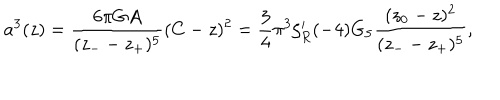
a ^ { 3 } ( z ) = { \frac { 6 \pi G A } { ( z _ { - } - z _ { + } ) ^ { 5 } } } ( C - z ) ^ { 2 } = { { \frac { 3 } { 4 } } \pi ^ { 3 } \zeta _ { R } ^ { \prime } ( - 4 ) G _ { 5 } } { \frac { ( z _ { 0 } - z ) ^ { 2 } } { ( z _ { - } - z _ { + } ) ^ { 5 } } } ,